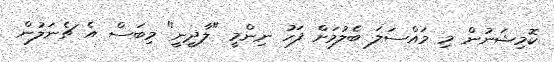
ކޮމިޝަނުން މި މައްސަލަ ބެލުމަށް ފަހު ނިންމީ "ލާދީނީ" މިބަސް އެ ޗެނަލުން